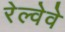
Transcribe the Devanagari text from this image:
रेल्वेवे